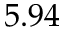
5 . 9 4